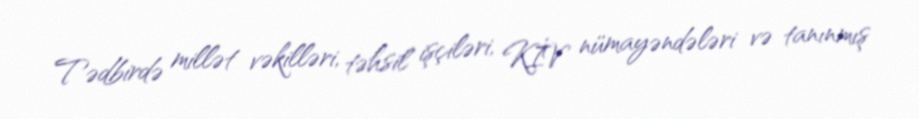
Tədbirdə millət vəkilləri, təhsil işçiləri, KİV nümayəndələri və tanınmış